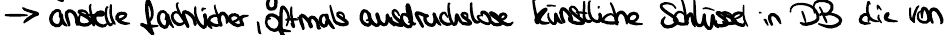
-> anstelle fachlicher, oftmals ausdruckslose künstliche Schlüssel in DB die von